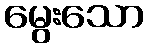
မွေးသော